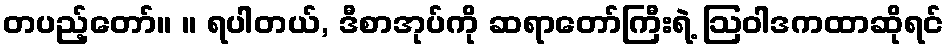
တပည့်တော်။ ။ ရပါတယ်, ဒီစာအုပ်ကို ဆရာတော်ကြီးရဲ့ ဩဝါဒကထာဆိုရင်